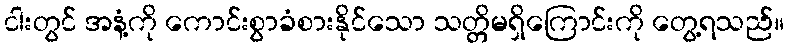
ငါးတွင် အနံ့ကို ကောင်းစွာခံစားနိုင်သော သတ္တိမရှိကြောင်းကို တွေ့ရသည်။